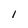
Character: 1